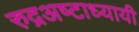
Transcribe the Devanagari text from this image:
रुद्रअष्‍टाध्‍यायी